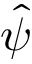
\hat { \psi }